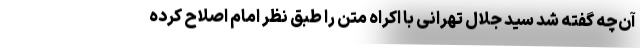
آن‌چه گفته شد سید جلال تهرانی با اکراه متن را طبق نظر امام اصلاح کرده